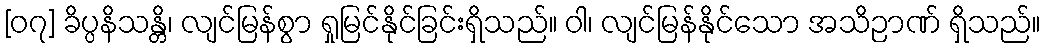
[၀၇] ခိပ္ပနိသန္တိ၊ လျင်မြန်စွာ ရှုမြင်နိုင်ခြင်းရှိသည်။ ဝါ၊ လျင်မြန်နိုင်သော အသိဉာဏ် ရှိသည်။